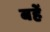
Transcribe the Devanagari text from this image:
बहें